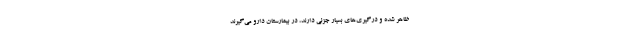
ظاهر شده و درگیری‌های بسیار جزئی دارند، در بیمارستان دارو می‌گیرند